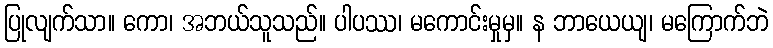
ပြုလျက်သာ။ ကော၊ အဘယ်သူသည်။ ပါပဿ၊ မကောင်းမှုမှ။ န ဘာယေယျ၊ မကြောက်ဘဲ